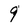
Character: 9